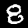
Label: 8